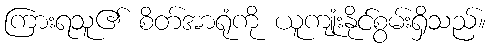
ကြားရသူ၏ စိတ်အာရုံကို ယူကျုံးနိုင်စွမ်းရှိသည်။